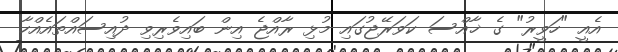
އެއީ "ހަވީރު" ގެ ޚާއްސަ ކަވަރޭޖުގައި މުޅި ރާއްޖެ އިން ބައިވެރިވި ދުއިސައްތައެއްހާ